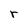
Character: r